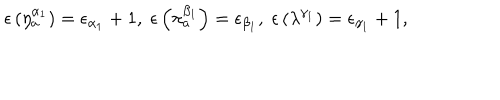
\epsilon \left( \eta _ { a } ^ { \alpha _ { 1 } } \right) = \epsilon _ { \alpha _ { 1 } } + 1 , \; \epsilon \left( \pi _ { a } ^ { \beta _ { 1 } } \right) = \epsilon _ { \beta _ { 1 } } , \; \epsilon \left( \lambda ^ { \gamma _ { 1 } } \right) = \epsilon _ { \gamma _ { 1 } } + 1 ,